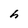
Character: h